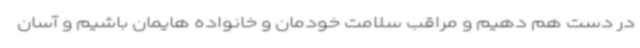
در دست هم دهیم و مراقب سلامت خودمان و خانواده هایمان باشیم و آسان